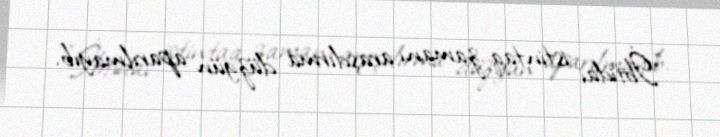
"İbtidai istintaq zamanı araşdırma düzgün aparılmayıb.